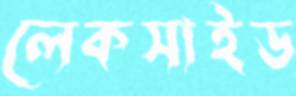
লেকসাইড